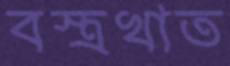
বস্ত্রখাত